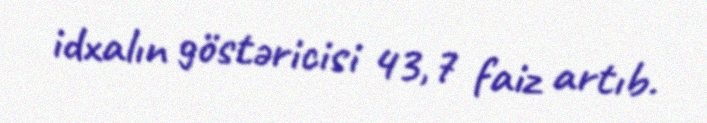
idxalın göstəricisi 43,7 faiz artıb.